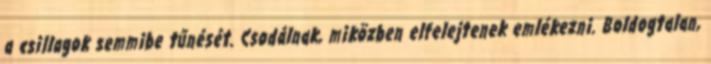
a csillagok semmibe tűnését. Csodálnak, miközben elfelejtenek emlékezni. Boldogtalan,